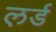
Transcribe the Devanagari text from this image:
ल़र्ड